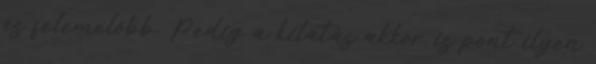
és felemelőbb. Pedig a kilátás akkor is pont ilyen